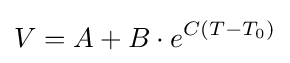
V=A+B\cdot e^{C(T-T_{0})}